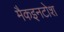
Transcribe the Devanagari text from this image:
मैकइनटोश